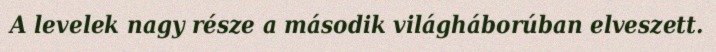
A levelek nagy része a második világháborúban elveszett.